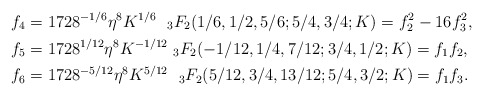
\begin{align*}f_4&=1728^{-1/6}\eta^{8}K^{1/6}\ \ _{3}F_2(1/6, 1/2, 5/6; 5/4, 3/4; K) = f_2^2 - 16f_3^2,\\f_5&=1728^{1/12}\eta^{8}K^{-1/12}\ _{3}F_2(-1/12, 1/4, 7/12; 3/4, 1/2; K)= f_1f_2,\\f_6&=1728^{-5/12}\eta^{8}K^{5/12}\ \ _{3}F_2(5/12, 3/4, 13/12; 5/4, 3/2; K) = f_1f_3.\end{align*}